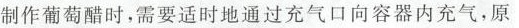
制作葡萄醋时，需要适时地通过充气口向容器内充气，原